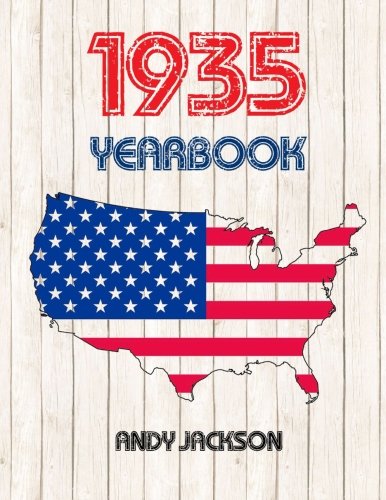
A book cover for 1935 U.S. Yearbook: Interesting book full of facts and figures from 1935 - Unique 'Year You Were Born' birthday gift / present!; Andy Jackson; Reference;